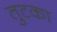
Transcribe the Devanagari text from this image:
तुटका